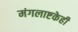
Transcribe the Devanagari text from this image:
मंगलाष्टकेही